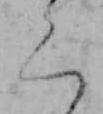
く